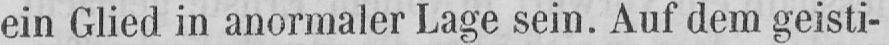
ein Glied in anormaler Lage sein. Auf dem geisti-